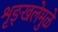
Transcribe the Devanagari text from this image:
शृङ्खलेमुळे